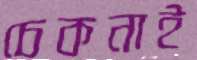
চেকনাই